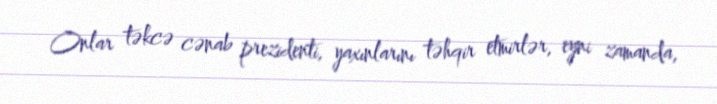
Onlar təkcə cənab prezidenti, yaxınlarını təhqir etmirlər, eyni zamanda,